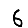
Digit: 6